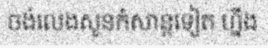
ចង់លេងសួនកំសាន្តទៀត ហ្នឹង